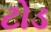
ટોડ